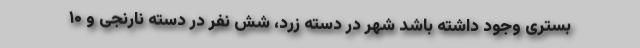
بستری وجود داشته باشد شهر در دسته زرد، شش نفر در دسته نارنجی و ۱۰